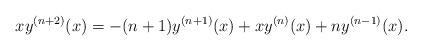
LaTeX: \begin{align*}xy^{(n+2)}(x)=-(n+1)y^{(n+1)}(x)+xy^{(n)}(x)+ny^{(n-1)}(x).\end{align*}